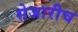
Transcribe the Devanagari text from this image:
सेजारीच